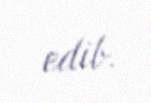
edib.